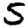
Digit: 5